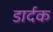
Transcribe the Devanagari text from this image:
डार्दक